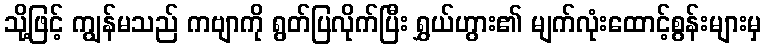
သို့ဖြင့် ကျွန်မသည် ကဗျာကို ရွတ်ပြလိုက်ပြီး ရွှယ်ဟွား၏ မျက်လုံးထောင့်စွန်းများမှ